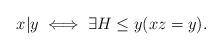
LaTeX: \begin{align*}x|y \iff \exists H\leq y(xz=y).\end{align*}